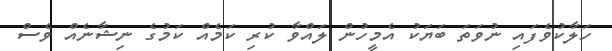
ހަލާކުވެފައި ނުވަތަ ބަޔަކު އެމީހުން ލައްވާ ކުރި ކަމެއް ކަމުގެ ނިޝާނެއް ވެސް